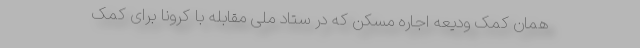
همان کمک ودیعه اجاره مسکن که در ستاد ملی مقابله با کرونا برای کمک